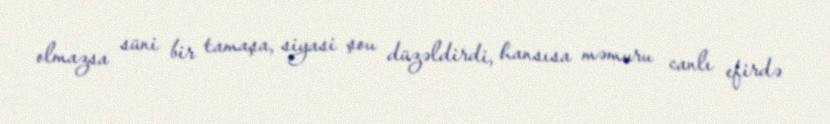
olmazsa süni bir tamaşa, siyasi şou düzəldirdi, hansısa məmuru canlı efirdə